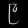
Digit: ၉